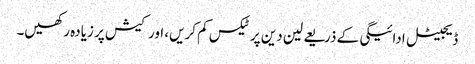
ڈیجیٹل ادائیگی کے ذریعے لین دین پر ٹیکس کم کریں، اور کیش پر زیادہ رکھیں۔